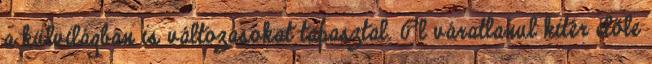
a külvilágban is változásokat tapasztal. Pl váratlanul kitér előle